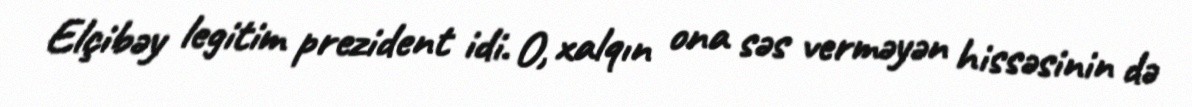
Elçibəy legitim prezident idi. O, xalqın ona səs verməyən hissəsinin də